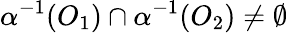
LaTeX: \alpha^{-1}(O_{1})\cap\alpha^{-1}(O_{2})\neq\emptyset